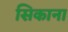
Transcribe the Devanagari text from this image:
सिकाना